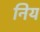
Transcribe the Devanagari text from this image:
निय